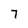
Character: 7